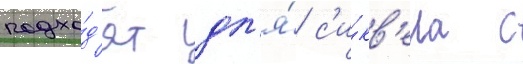
подхо́д'ят дл'я́ с'и́кв'ела с